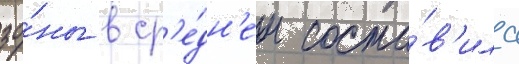
зо́ны в ср'е́дн'ем соста́в'ила